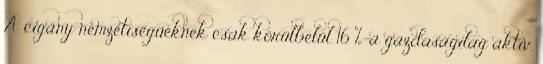
A cigány nemzetiségűeknek csak körülbelül 16 %-a gazdaságilag aktív.